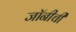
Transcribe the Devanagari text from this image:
जॉनीची